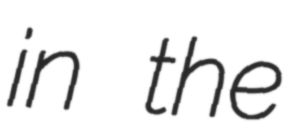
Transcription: in the